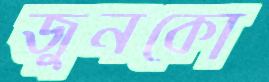
জুনকো